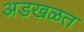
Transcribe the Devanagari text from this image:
अडख़ळत